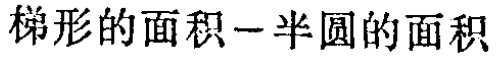
梯形的面积-半圆的面积